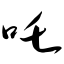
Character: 吒